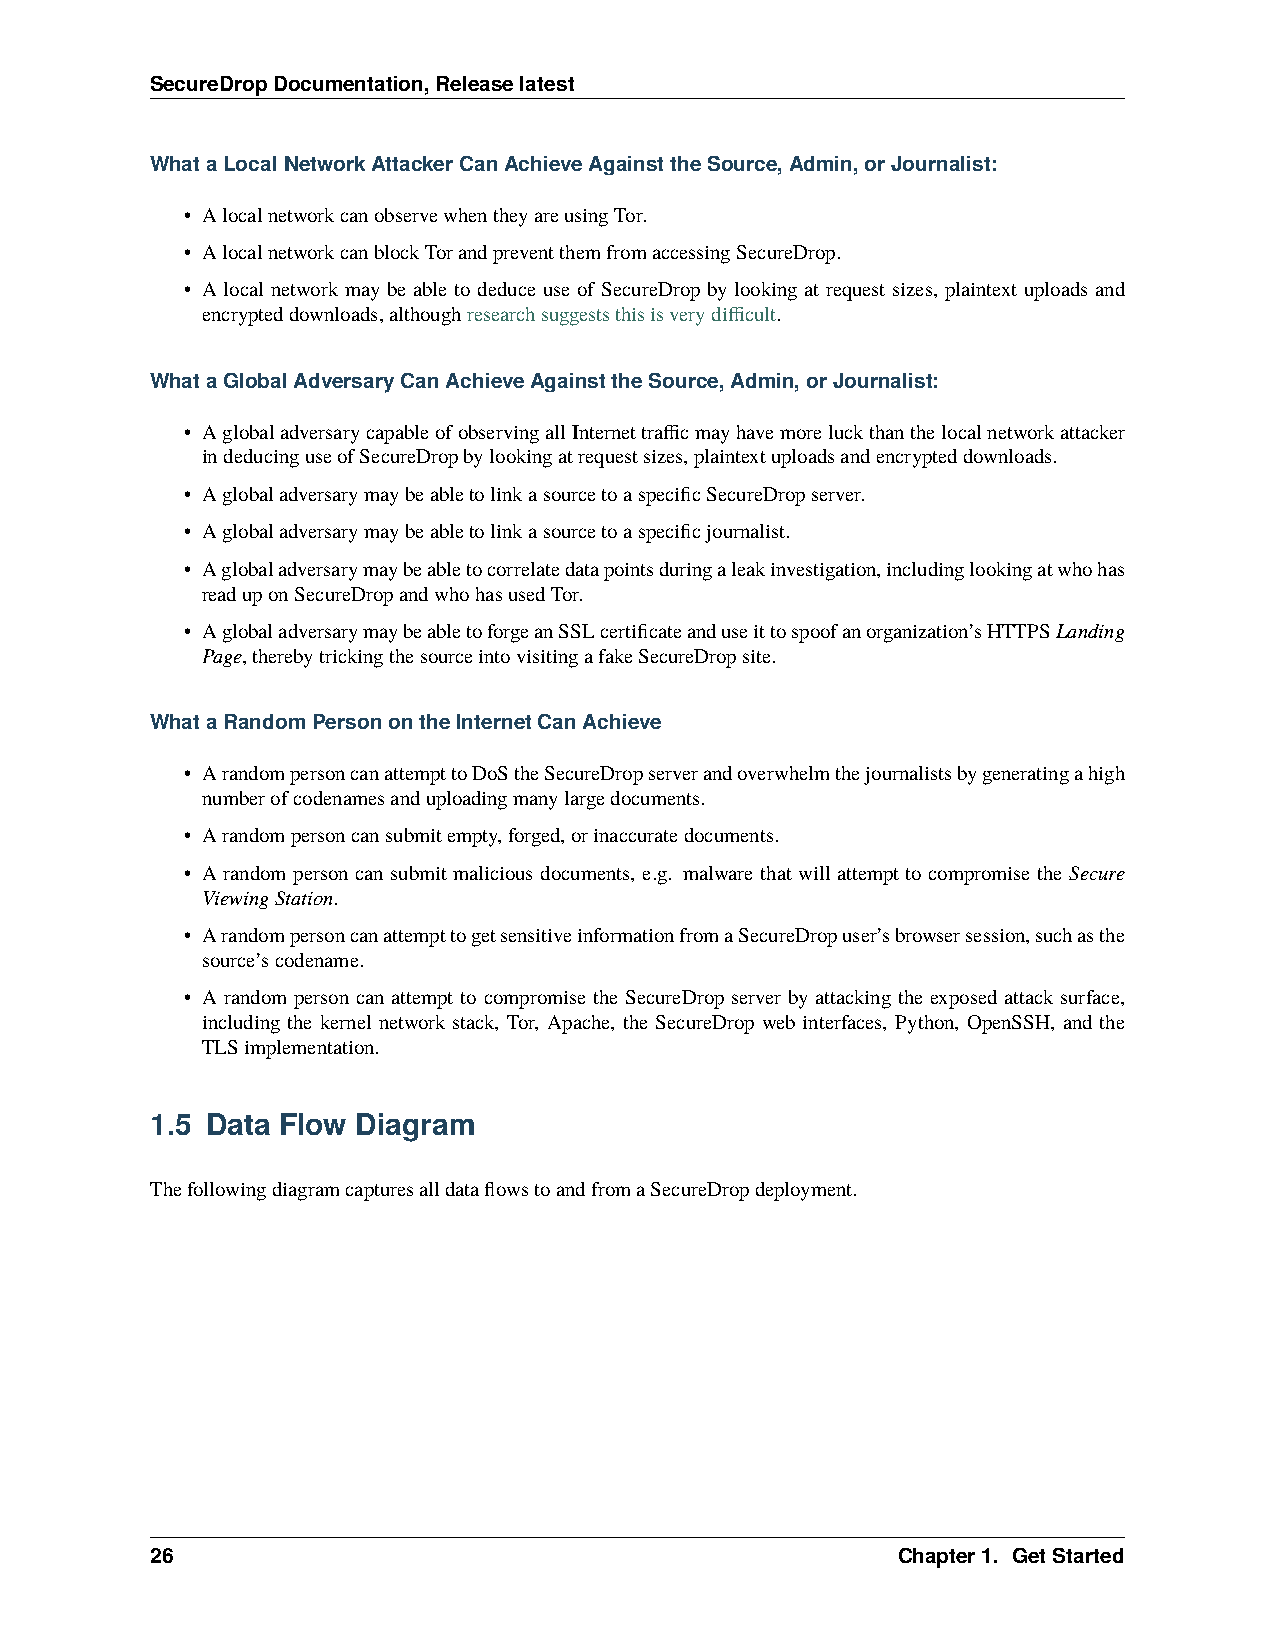
SecureDropDocumentation,Releaselatest
 WhataLocalNetworkAttackerCanAchieveAgainsttheSource,Admin,orJournalist:
 • AlocalnetworkcanobservewhentheyareusingTor.
 • AlocalnetworkcanblockTorandpreventthemfromaccessingSecureDrop.
 • A local network may be able to deduce use of SecureDrop by looking at request sizes, plaintext uploads and
 encrypteddownloads,althoughresearchsuggeststhisisverydifficult.
 WhataGlobalAdversaryCanAchieveAgainsttheSource,Admin,orJournalist:
 • AglobaladversarycapableofobservingallInternettrafficmayhavemoreluckthanthelocalnetworkattacker
 indeducinguseofSecureDropbylookingatrequestsizes,plaintextuploadsandencrypteddownloads.
 • AglobaladversarymaybeabletolinkasourcetoaspecificSecureDropserver.
 • Aglobaladversarymaybeabletolinkasourcetoaspecificjournalist.
 • Aglobaladversarymaybeabletocorrelatedatapointsduringaleakinvestigation,includinglookingatwhohas
 readuponSecureDropandwhohasusedTor.
 • AglobaladversarymaybeabletoforgeanSSLcertificateanduseittospoofanorganization’sHTTPSLanding
 Page,therebytrickingthesourceintovisitingafakeSecureDropsite.
 WhataRandomPersonontheInternetCanAchieve
 • ArandompersoncanattempttoDoStheSecureDropserverandoverwhelmthejournalistsbygeneratingahigh
 numberofcodenamesanduploadingmanylargedocuments.
 • Arandompersoncansubmitempty,forged,orinaccuratedocuments.
 • A random person can submit malicious documents, e.g. malware that will attempt to compromise the Secure
 ViewingStation.
 • ArandompersoncanattempttogetsensitiveinformationfromaSecureDropuser’sbrowsersession,suchasthe
 source’scodename.
 • A random person can attempt to compromise the SecureDrop server by attacking the exposed attack surface,
 including the kernel network stack, Tor, Apache, the SecureDrop web interfaces, Python, OpenSSH, and the
 TLSimplementation.
 1.5 Data Flow Diagram
 ThefollowingdiagramcapturesalldataflowstoandfromaSecureDropdeployment.
 26                                               Chapter1. GetStarted